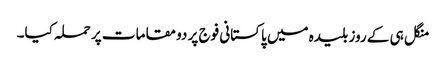
منگل ہی کے روز بلیدہ میں پاکستانی فوج پر دو مقامات پر حملہ کیا۔